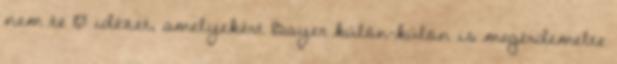
nem te 10 idézet, amelyekért Bayer külön-külön is megérdemelte